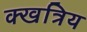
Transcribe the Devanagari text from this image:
क्खत्रिय